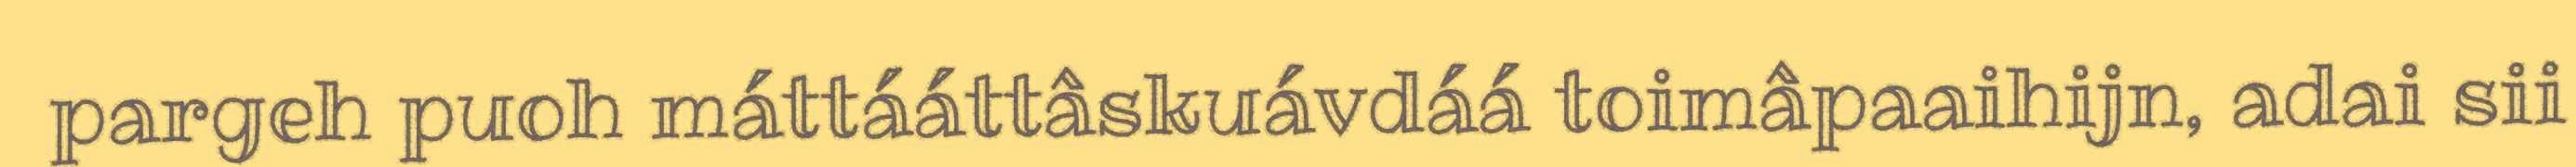
pargeh puoh máttááttâskuávdáá toimâpaaihijn, adai sii